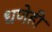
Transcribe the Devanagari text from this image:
धणेही